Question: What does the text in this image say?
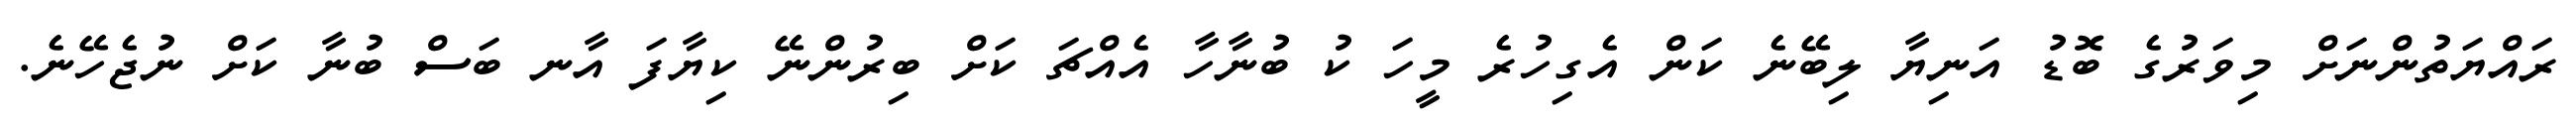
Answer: ރައްޔަތުންނަށް މިވަރުގެ ބޮޑު އަނިޔާ ލިބޭނެ ކަން އެގިހުރެ މީހަ ކު ބުނާހާ އެއްޗަ ކަށް ބިރުންނޭ ކިޔާފަ އާނ ބަސް ބުނާ ކަށް ނުޖެހޭނެ.